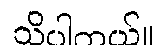
သိပါတယ်။